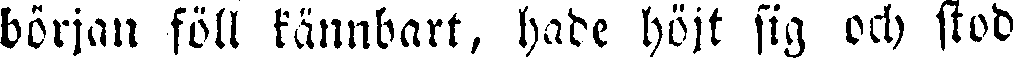
början föll kännbart, hade höjt sig och stod